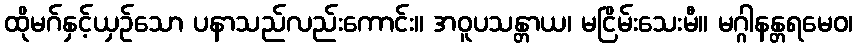
ထိုမဂ်နှင့်ယှဉ်သော ပနာသည်လည်းကောင်း။ အဝူပသန္တာယ၊ မငြိမ်းသေးမီ။ မဂ္ဂါနန္တရမေဝ၊